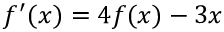
f ^ { \prime } ( x ) = 4 f ( x ) - 3 x